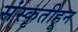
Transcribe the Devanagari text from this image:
संस्‍कृतीहून